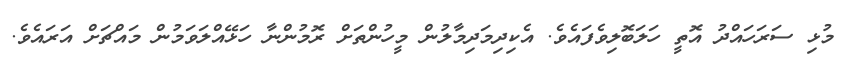
މުޅި ސަރަހައްދު އޮތީ ހަލަބޮލިވެފައެވެ. އެކިދިމަދިމާލުން މީހުންތަށް ރޮމުންނާ ހަޅޭއްލަވަމުން މައްޗަށް އަރައެވެ.